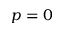
p = 0